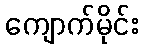
ကျောက်မိုင်း